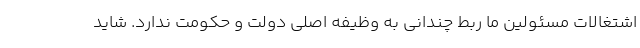
اشتغالات مسئولین ما ربط چندانی به وظیفه اصلی دولت و حکومت ندارد. شاید